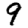
Digit: 9